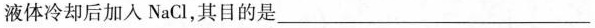
液体冷却后加入N_{ a}C1，其目的是___